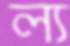
ল্য